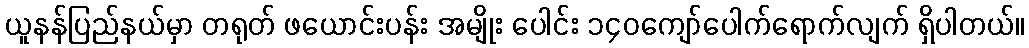
ယူနန်ပြည်နယ်မှာ တရုတ် ဖယောင်းပန်း အမျိုး ပေါင်း ၁၄၀ကျော်ပေါက်ရောက်လျက် ရှိပါတယ်။